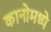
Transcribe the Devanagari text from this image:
कानोमध्ये